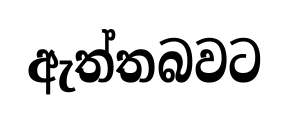
ඇත්තබවට